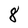
Character: 8